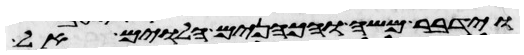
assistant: וידבר משה והכהנים הלוים אל